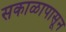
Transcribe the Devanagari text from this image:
सकाळापासून